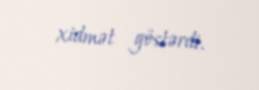
xidmət göstərdi.